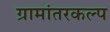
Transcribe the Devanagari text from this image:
ग्रामांतरकल्प